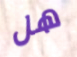
هل